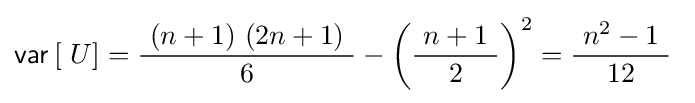
\operatorname {\mathsf {var}} \left[\ U\right]={\frac {\ (n+1)\ (2n+1)\ }{6}}-\left({\frac {\ n+1\ }{2}}\right)^{2}={\frac {\ n^{2}-1\ }{12}}~